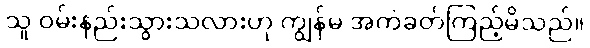
သူ ဝမ်းနည်းသွားသလားဟု ကျွန်မ အကဲခတ်ကြည့်မိသည်။